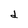
Character: d